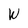
Character: W